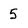
Character: 5